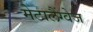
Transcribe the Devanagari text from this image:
मेटालैंग्वेज